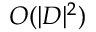
O ( | D | ^ { 2 } )